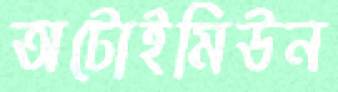
অটোইমিউন